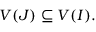
V ( J ) \subseteq V ( I ) .